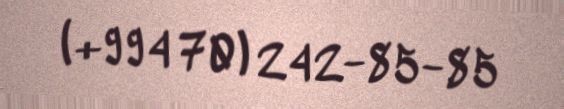
(+994 70) 242-85-85